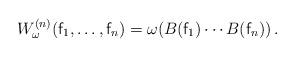
LaTeX: \begin{align*} W_\omega^{(n)}({\sf f}_1,\ldots,{\sf f}_n) = \omega(B({\sf f}_1) \cdots B({\sf f}_n))\,.\end{align*}